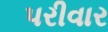
પરીવાર